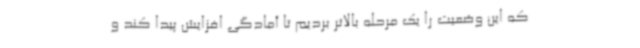
که این وضعیت را یک مرحله بالاتر بردیم تا آمادگی افزایش پیدا کند و